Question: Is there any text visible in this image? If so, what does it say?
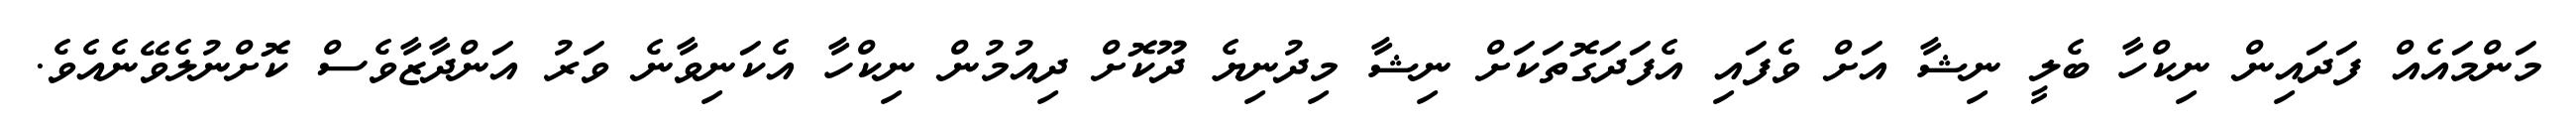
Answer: މަންމައެއް ފަދައިން ނިކްހާ ބެލީ ނިޝާ އަށް ވެފައި އެފަދަގޮތަކަށް ނިޝާ މިދުނިޔެ ދޫކޮށް ދިއުމުން ނިކްހާ އެކަނިވާނެ ވަރު އަންދާޒާވެސް ކޮށްނުލެވޭނެއެވެ.